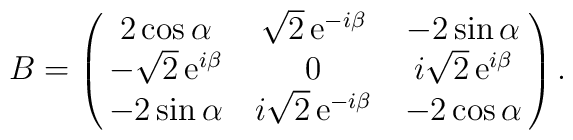
B = \pmatrix{2\cos\alpha & \sqrt{2}\,{\rm e}^{-i\beta} & -2\sin\alpha \cr-\sqrt{2}\,{\rm e}^{i\beta} & 0 & i\sqrt{2}\,{\rm e}^{i\beta} \cr-2\sin\alpha & i\sqrt{2}\,{\rm e}^{-i\beta} & -2\cos\alpha }.